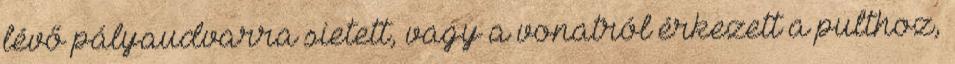
lévő pályaudvarra sietett, vagy a vonatról érkezett a pulthoz,